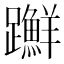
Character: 𨇤